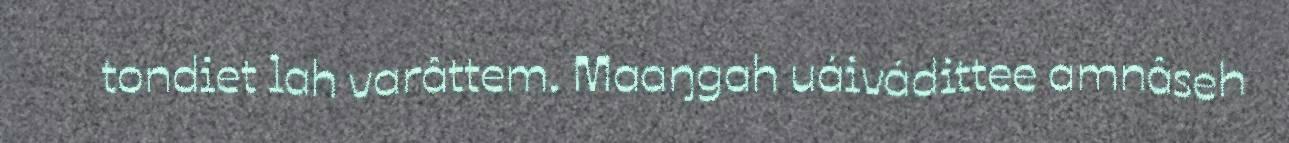
tondiet lah varâttem. Maaŋgah uáivádittee amnâseh